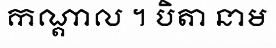
កណ្តាល ។ បិតា នាម